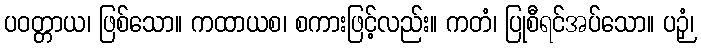
ပဝတ္တာယ၊ ဖြစ်သော။ ကထာယစ၊ စကားဖြင့်လည်း။ ကတံ၊ ပြုစီရင်အပ်သော။ ပဉှံ၊